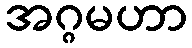
အဂ္ဂမဟာ